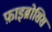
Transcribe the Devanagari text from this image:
फ़ाइब्रोसिस